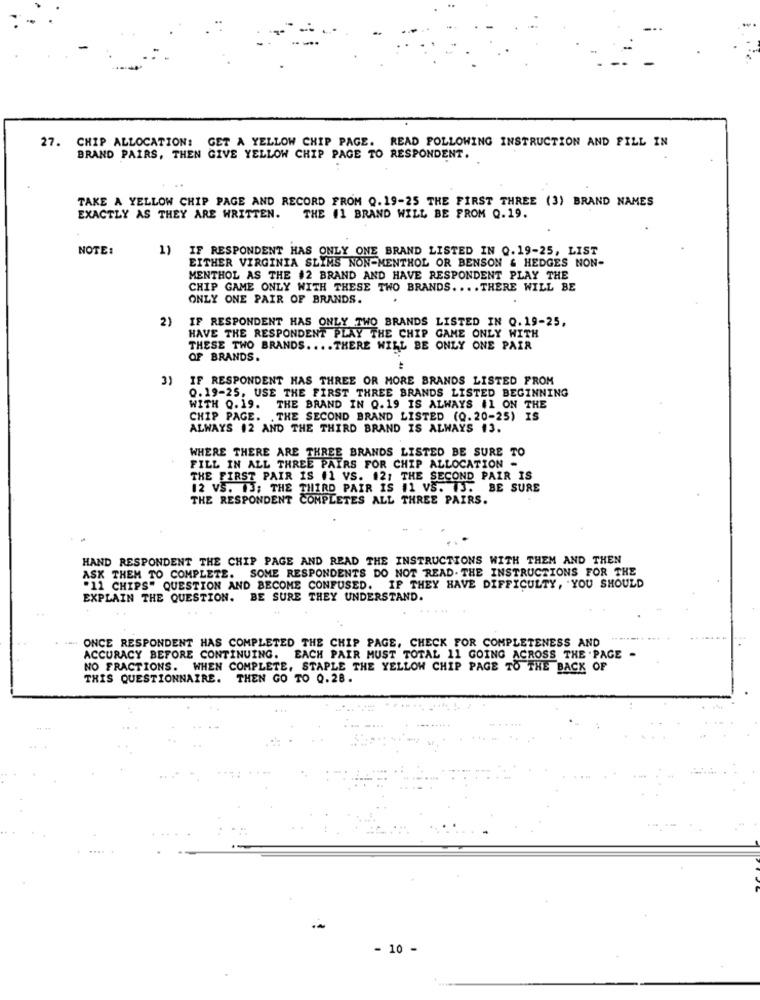
27. CHIP ALLOCATION: GET A YELLOW CHIP PAGE. READ FOLLOWING INSTRUCTION AND FILL IN
BRAND PAIRS, THEN GIVE YELLOW CHIP PAGE TO RESPONDENT.
TAKE A YELLOW CHIP PAGE AND RECORD FROM Q.19-25 THE FIRST THREE (3) BRAND NAMES
EXACTLY AS THEY ARE WRITTEN.
THE 11 BRAND WILL BE FROM Q.19.
NOTE :
1)
IF RESPONDENT HAS ONLY ONE BRAND LISTED IN Q.19-25, LIST
EITHER VIRGINIA SLIMS NON-MENTHOL OR BENSON & HEDGES NON-
MENTHOL AS THE #2 BRAND AND HAVE RESPONDENT PLAY THE
CHIP GAME ONLY WITH THESE TWO BRANDS .... THERE WILL BE
ONLY ONE PAIR OF BRANDS.
2)
IF RESPONDENT HAS ONLY TWO BRANDS LISTED IN Q.19-25,
HAVE THE RESPONDENT PLAY THE CHIP GAME ONLY WITH
THESE TWO BRANDS .... THERE WILL BE ONLY ONE PAIR
OF BRANDS.
3)
IF RESPONDENT HAS THREE OR MORE BRANDS LISTED FROM
0.19-25, USE THE FIRST THREE BRANDS LISTED BEGINNING
WITH 0.19. THE BRAND IN Q.19 IS ALWAYS #1 ON THE
CHIP PAGE. . THE SECOND BRAND LISTED (Q.20-25) IS
ALWAYS 12 AND THE THIRD BRAND IS ALWAYS 13.
WHERE THERE ARE THREE BRANDS LISTED BE SURE TO
FILL IN ALL THREE PAIRS FOR CHIP ALLOCATION -
THE FIRST PAIR IS (1 VS. 12; THE SECOND PAIR IS
12 VS. 13; THE THIRD PAIR IS #1 VS. 3. BE SURE
THE RESPONDENT COMPLETES ALL THREE PAIRS.
HAND RESPONDENT THE CHIP PAGE AND READ THE INSTRUCTIONS WITH THEM AND THEN
ASK THEM TO COMPLETE. SOME RESPONDENTS DO NOT READ. THE INSTRUCTIONS FOR THE
"11 CHIPS" QUESTION AND BECOME CONFUSED. IF THEY HAVE DIFFICULTY, YOU SHOULD
EXPLAIN THE QUESTION. BE SURE THEY UNDERSTAND.
......
.... ONCE RESPONDENT HAS COMPLETED THE CHIP PAGE, CHECK FOR COMPLETENESS AND
ACCURACY BEFORE CONTINUING. EACH PAIR MUST TOTAL 11 GOING ACROSS THE .PAGE -
NO FRACTIONS. WHEN COMPLETE, STAPLE THE YELLOW CHIP PAGE TO THE BACK OF
THIS QUESTIONNAIRE. THEN GO TO 0.28.
- 10 -